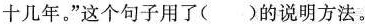
十几年。”这个句子用了( )的说明方法。